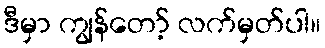
ဒီမှာ ကျွန်တော့် လက်မှတ်ပါ။